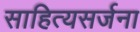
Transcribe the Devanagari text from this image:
साहित्यसर्जना